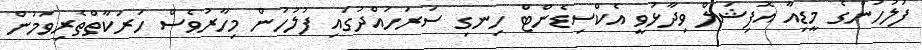
ފުލުހުންގެ މީޑިއާ އޮފިޝަލް ވިދާޅުވީ އެކްސިޑެންޓް ހިނގި ސަރަހައްދުގައި ފުލުހުން މިހާރުވެސް ހަރަކާތްތެރިވަމުން